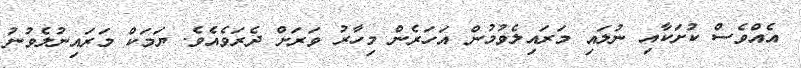
އެއްވެސް ކުށަކާއި ނުލައި މަރައިލެވުމުން އަހަރެން މިހާރު ވަރަށް ދެރަވެއެވެ. ޔަމަކް މަރައިނުލެވުނު